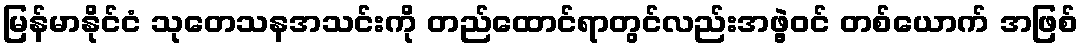
မြန်မာနိုင်ငံ သုတေသနအသင်းကို တည်ထောင်ရာတွင်လည်းအဖွဲ့ဝင် တစ်ယောက် အဖြစ်